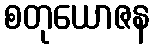
စတုယောဇန